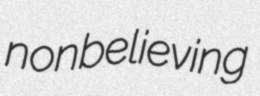
nonbelieving